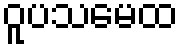
ဝူပသမေထ